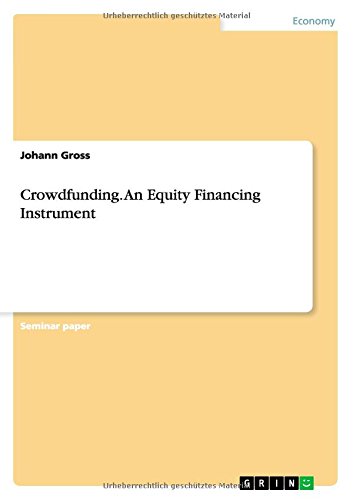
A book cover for Crowdfunding. An Equity Financing Instrument; Johann Gross; Business & Money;